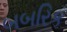
બબરિક